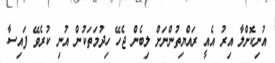
އުނިކޮށްލާ އިރު އެއީ ރައްޔިތުންނަށް ލިބެން ޖެހޭ ހިދުމަތަކުން އުނި ކުރެވޭ ފައިސާ